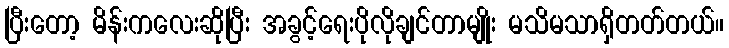
ပြီးတော့ မိန်းကလေးဆိုပြီး အခွင့်ရေးပိုလိုချင်တာမျိုး မသိမသာရှိတတ်တယ်။